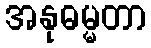
အနုဓမ္မတာ